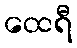
ထေရီ